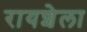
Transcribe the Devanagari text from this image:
रायशेला